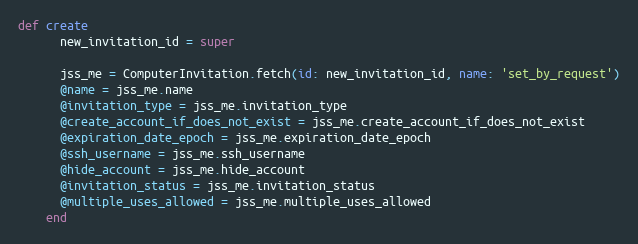
Language: Ruby
def create
      new_invitation_id = super

      jss_me = ComputerInvitation.fetch(id: new_invitation_id, name: 'set_by_request')
      @name = jss_me.name
      @invitation_type = jss_me.invitation_type
      @create_account_if_does_not_exist = jss_me.create_account_if_does_not_exist
      @expiration_date_epoch = jss_me.expiration_date_epoch
      @ssh_username = jss_me.ssh_username
      @hide_account = jss_me.hide_account
      @invitation_status = jss_me.invitation_status
      @multiple_uses_allowed = jss_me.multiple_uses_allowed
    end